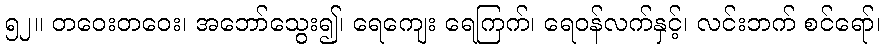
၅၂။ တဝေးတဝေး၊ အဘော်သွေး၍၊ ရေကျေး ရေကြက်၊ ရေဝန်လက်နှင့်၊ လင်းဘက် စင်ရော်၊